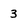
Character: 3